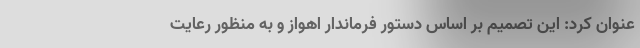
عنوان کرد: این تصمیم بر اساس دستور فرماندار اهواز و به منظور رعایت